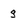
Character: g